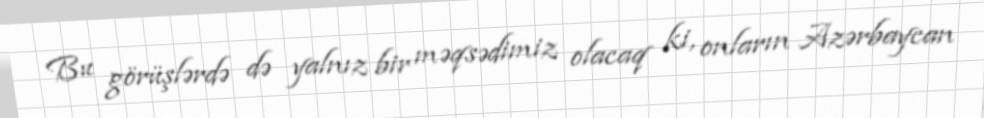
Bu görüşlərdə də yalnız bir məqsədimiz olacaq ki, onların Azərbaycan